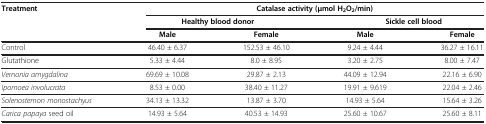
<table><thead><tr><td rowspan="3"><b>Treatment</b></td><td colspan="4"><b>Catalase activity (μmol H<sub>2</sub>O<sub>2</sub>/min)</b></td></tr><tr><td colspan="2"><b>Healthy blood donor</b></td><td colspan="2"><b>Sickle cell blood</b></td></tr><tr><td><b>Male</b></td><td><b>Female</b></td><td><b>Male</b></td><td><b>Female</b></td></tr></thead><tbody><tr><td>Control</td><td>46.40 ± 6.37</td><td>152.53 ± 46.10</td><td>9.24 ± 4.44</td><td>36.27 ± 16.11</td></tr><tr><td>Glutathione</td><td>5.33 ± 4.44</td><td>8.0 ± 8.95</td><td>3.20 ± 2.75</td><td>8.00 ± 7.47</td></tr><tr><td><i>Vernonia amygdalina</i></td><td>69.69 ± 10.08</td><td>29.87 ± 2.13</td><td>44.09 ± 12.94</td><td>22.16 ± 6.90</td></tr><tr><td><i>Ipomoea involucrata</i></td><td>8.53 ± 0.00</td><td>38.40 ± 11.27</td><td>19.91 ± 9.619</td><td>22.04 ± 2.46</td></tr><tr><td><i>Solenostemon monostachyus</i></td><td>34.13 ± 13.32</td><td>13.87 ± 3.70</td><td>14.93 ± 5.64</td><td>15.64 ± 3.26</td></tr><tr><td><i>Carica papaya</i> seed oil</td><td>14.93 ± 5.64</td><td>40.53 ± 14.93</td><td>25.60 ± 10.67</td><td>25.60 ± 8.11</td></tr></tbody></table>